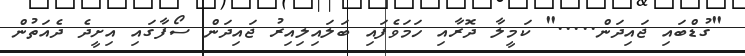
"ގުޑްބައި ޖައިދަން....." ކަމީލާ ދޮރާއި ހަމަވެފައި ބަލައިލިއިރު ޖައިދަން ސޯފާގައި އިށީދެ ދެއަތުން